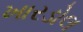
ખારડોલ